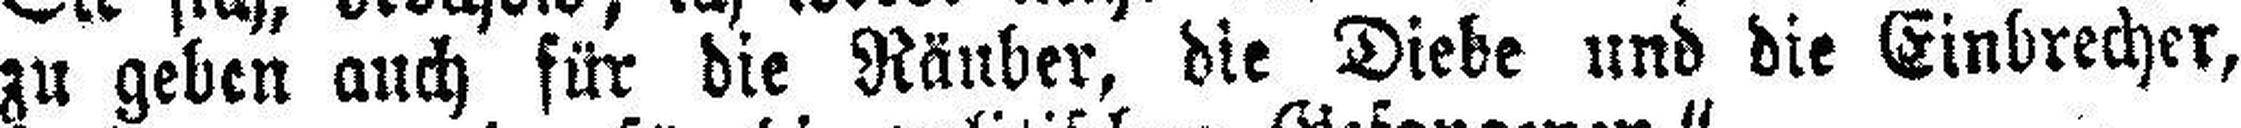
zu geben auch für die Räuber, die Diebe und die Einbrecher,